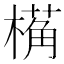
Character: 𬄌